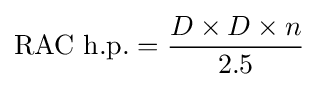
{\text{RAC h.p.}}={\frac {D\times D\times n}{2.5}}